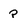
Character: P